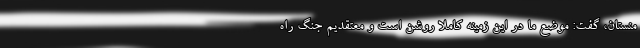
منستان، گفت: موضع ما در این زمینه کاملا روشن است و معتقدیم جنگ راه